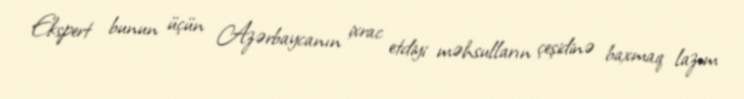
Ekspert bunun üçün Azərbaycanın ixrac etdiyi məhsulların çeşidinə baxmaq lazım